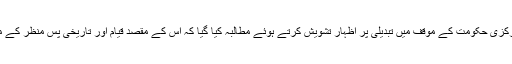
اسی طرح علی گڑھ مسلم یونیورسٹی کی بابت مرکزی حکومت کے موقف میں تبدیلی پر اظہار تشویش کرتے ہوئے مطالبہ کیا گیا کہ اس کے مقصد قیام اور تاریخی پس منظر کے مد نظر اس کی اقلیتی کردار کو باقی رکھا جائے۔